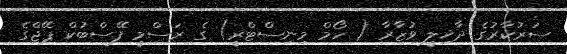
ސަރުކާރުގެ ދާޚިލީ ވުޒާރާ ( ހޯމް މިނިސްޓްރީ) ގެ ރަސްމީ ފޭސްބުކް ޕޭޖްގެ